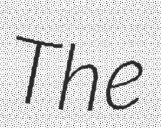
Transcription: The